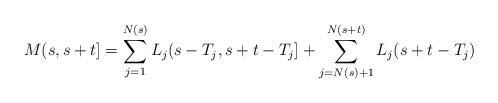
LaTeX: \begin{align*} M(s,s+t] = \sum_{j=1}^{N(s)} L_j (s-T_j,s+t-T_j] + \sum_{j=N(s)+1}^{N(s+t)}L_j (s+t-T_j) \end{align*}